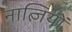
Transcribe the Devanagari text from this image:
नात्ज़ियों